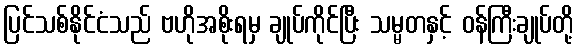
ပြင်သစ်နိုင်ငံသည် ဗဟိုအစိုးရမှ ချုပ်ကိုင်ပြီး သမ္မတနှင့် ဝန်ကြီးချုပ်တို့